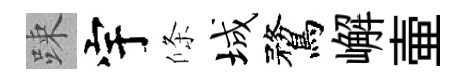
踈宇條城鶩嶰壷